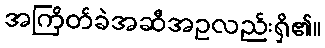
အကြိတ်ခဲအဆီအဥလည်းရှိ၏။